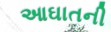
આઘાતની